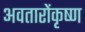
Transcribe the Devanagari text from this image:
अवतारोंकृष्ण